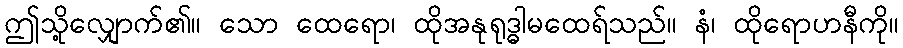
ဤသို့လျှောက်၏။ သော ထေရော၊ ထိုအနုရုဒ္ဓါမထေရ်သည်။ နံ၊ ထိုရောဟနီကို။